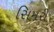
સિમરી